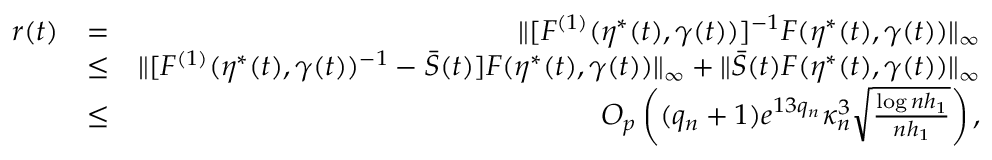
\begin{array} { r l r } { r ( t ) } & { = } & { \| [ F ^ { ( 1 ) } ( \eta ^ { * } ( t ) , \gamma ( t ) ) ] ^ { - 1 } F ( \eta ^ { * } ( t ) , \gamma ( t ) ) \| _ { \infty } } \\ & { \le } & { \| [ F ^ { ( 1 ) } ( \eta ^ { * } ( t ) , \gamma ( t ) ) ^ { - 1 } - \bar { S } ( t ) ] F ( \eta ^ { * } ( t ) , \gamma ( t ) ) \| _ { \infty } + \| \bar { S } ( t ) F ( \eta ^ { * } ( t ) , \gamma ( t ) ) \| _ { \infty } } \\ & { \le } & { O _ { p } \left( ( q _ { n } + 1 ) e ^ { 1 3 q _ { n } } \kappa _ { n } ^ { 3 } \sqrt { \frac { \log n h _ { 1 } } { n h _ { 1 } } } \right) , } \end{array}